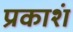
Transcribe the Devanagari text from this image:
प्रकाशं